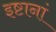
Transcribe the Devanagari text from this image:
इष्टानां